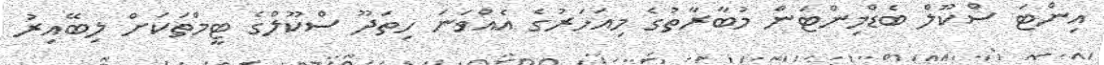
އިންޓަ ސްކޫލް ބެޑްމިންޓަން މުބާރާތުގެ މިއަހަރުގެ އެއްވަނަ ހިތަދޫ ސްކޫލްގެ ޓީމްތަކަށް ލިބޭއިރު